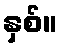
နှစ်။